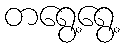
တရွေ့ရွေ့